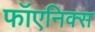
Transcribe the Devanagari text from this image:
फॉएनिक्स